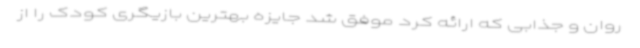
روان و جذابی که ارائه کرد موفق شد جایزه بهترین بازیگری کودک را از